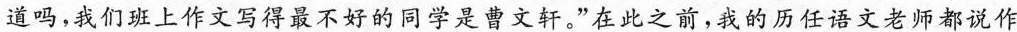
道吗，我们班上作文写得最不好的同学是曹文轩。”在此之前，我的历任语文老师都说作